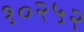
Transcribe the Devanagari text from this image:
१०२५२